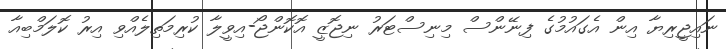
ނައިޖީރިޔާ އިން އެގައުމުގެ ފިނޭންސް މިނިސްޓަރު ނިޖޮޒީ އޮކޮންޖޯ-އިވީލާ ކުރިމަތިލެއްވި އިރު ކޮލަމްބިއާ